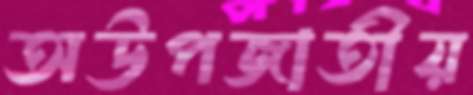
অউপজাতীয়